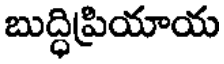
బుద్ధిప్రియాయ